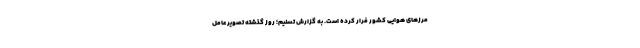
مرزهای هوایی کشور فرار کرده است. به گزارش تسنیم؛ روز گذشته تصویر عامل